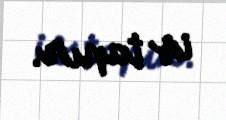
iş tapır.